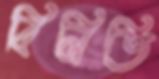
বিলিতি